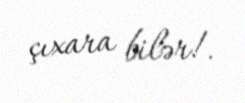
çıxara bilər!.